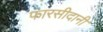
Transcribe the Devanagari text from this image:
फारसीदानी